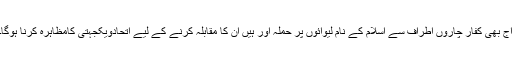
آج بھی کفار چاروں اطراف سے اسلام کے نام لیوائوں پر حملہ آور ہیں ان کا مقابلہ کرنے کے لیے اتحادویکجہتی کامظاہرہ کرنا ہوگا۔